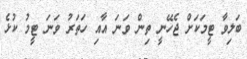
ބަލިވާ ޓީމަކަށް ޖެހޭނީ ތިން ވަނަ އާއި ހަތަރު ވަނަ ޓީމު ކުޅެ